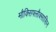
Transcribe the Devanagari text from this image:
मौक्सिफ्लौक्सासिन